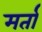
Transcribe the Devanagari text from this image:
मर्ता